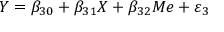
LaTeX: Y = \beta _ { 3 0 } + \beta _ { 3 1 } X + \beta _ { 3 2 } M e + \varepsilon _ { 3 }